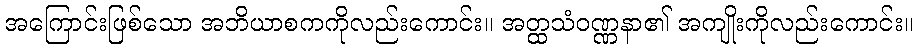
အကြောင်းဖြစ်သော အဘိယာစကကိုလည်းကောင်း။ အတ္ထသံဝဏ္ဏနာ၏ အကျိုးကိုလည်းကောင်း။